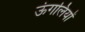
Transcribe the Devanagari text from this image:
ऊंगलियों